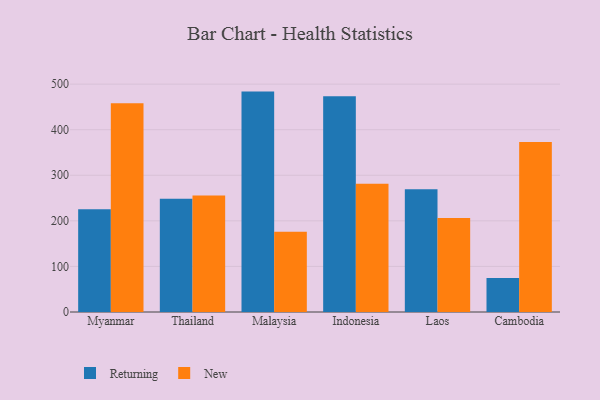
{"axis": {"x": "Country", "y": "Shipments"}, "legend": ["New", "Returning"], "data": [{"x": "Myanmar", "y": 225.4, "type": "Returning"}, {"x": "Myanmar", "y": 458.3, "type": "New"}, {"x": "Thailand", "y": 248.3, "type": "Returning"}, {"x": "Thailand", "y": 255.6, "type": "New"}, {"x": "Malaysia", "y": 483.6, "type": "Returning"}, {"x": "Malaysia", "y": 176.3, "type": "New"}, {"x": "Indonesia", "y": 473.5, "type": "Returning"}, {"x": "Indonesia", "y": 281.3, "type": "New"}, {"x": "Laos", "y": 269.4, "type": "Returning"}, {"x": "Laos", "y": 206.1, "type": "New"}, {"x": "Cambodia", "y": 74.6, "type": "Returning"}, {"x": "Cambodia", "y": 373.2, "type": "New"}]}